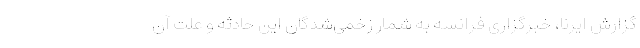
گزارش ایرنا، خبرگزاری فرانسه به شمار زخمی‌شدگان این حادثه و علت آن